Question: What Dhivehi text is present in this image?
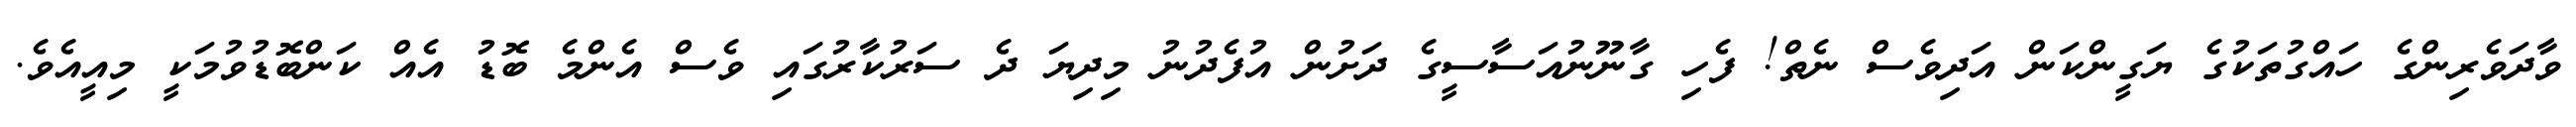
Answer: ވާދަވެރިންގެ ހައްގުތަކުގެ ޔަގީންކަން އަދިވެސް ނެތް! ފެހި ގާނޫނުއަސާސީގެ ދަށުން އުފެދުނު މިދިޔަ ދެ ސަރުކާރުގައި ވެސް އެންމެ ބޮޑު އެއް ކަންބޮޑުވުމަކީ މިއީއެވެ.